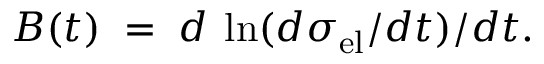
B ( t ) \; = \; d \: \ln ( d \sigma _ { \mathrm { e l } } / d t ) / d t .